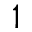
^ 1